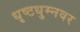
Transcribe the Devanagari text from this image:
धृष्टधुम्नवर